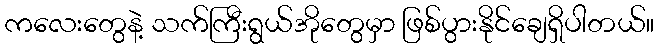
ကလေးတွေနဲ့ သက်ကြီးရွယ်အိုတွေမှာ ဖြစ်ပွားနိုင်ချေရှိပါတယ်။